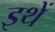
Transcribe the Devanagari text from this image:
इथें